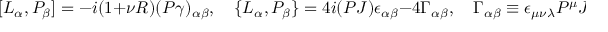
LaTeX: [ { \cal L } _ { \alpha } , { \cal P } _ { \beta } ] = - i ( 1 + \nu R ) ( P \gamma ) _ { \alpha \beta } , \quad \{ { \cal L } _ { \alpha } , { \cal P } _ { \beta } \} = 4 i ( P J ) \epsilon _ { \alpha \beta } - 4 \Gamma _ { \alpha \beta } , \quad \Gamma _ { \alpha \beta } \equiv \epsilon _ { \mu \nu \lambda } P ^ { \mu } J ^ { \nu } \gamma _ { \alpha \beta } ^ { \lambda } ,